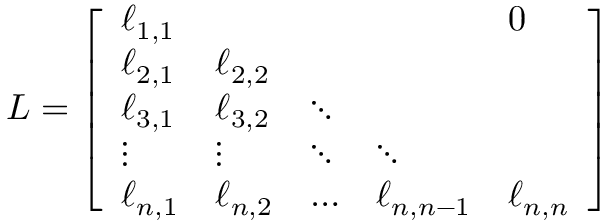
L = { \left[ \begin{array} { l l l l l } { \ell _ { 1 , 1 } } & & & & { 0 } \\ { \ell _ { 2 , 1 } } & { \ell _ { 2 , 2 } } & & & \\ { \ell _ { 3 , 1 } } & { \ell _ { 3 , 2 } } & { \ddots } & & \\ { \vdots } & { \vdots } & { \ddots } & { \ddots } & \\ { \ell _ { n , 1 } } & { \ell _ { n , 2 } } & { \ldots } & { \ell _ { n , n - 1 } } & { \ell _ { n , n } } \end{array} \right] }